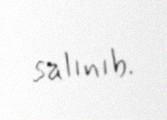
salınıb.